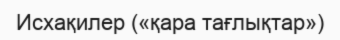
Исхақилер («қара тағлықтар»)